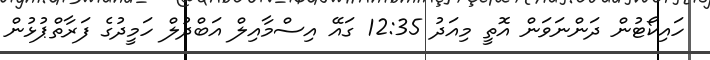
ހައިކޯޓުން ދަންނަވަން އޮތީ މިއަދު 12:35 ގައޭ އިސްމާއިލް އަބްދުލް ހަމީދުގެ ފަރާތްޕުޅުން